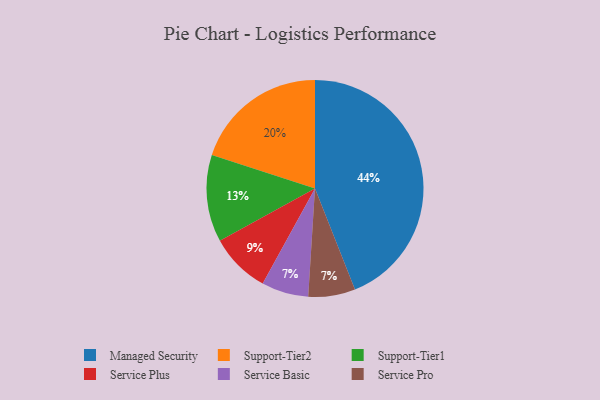
{"axis": {"x": "Category", "y": "Percentage"}, "legend": ["Managed Security", "Service Basic", "Service Plus", "Service Pro", "Support-Tier1", "Support-Tier2"], "data": [{"x": "Service Basic", "y": 7, "type": "Service Basic"}, {"x": "Managed Security", "y": 44, "type": "Managed Security"}, {"x": "Service Plus", "y": 9, "type": "Service Plus"}, {"x": "Support-Tier1", "y": 13, "type": "Support-Tier1"}, {"x": "Support-Tier2", "y": 20, "type": "Support-Tier2"}, {"x": "Service Pro", "y": 7, "type": "Service Pro"}]}